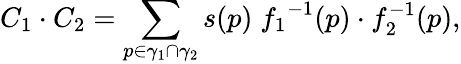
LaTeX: C_{1}\cdot C_{2}=\sum_{p\in\gamma_{1}\cap\gamma_{2}}s(p)\; {f_{1}}^{-1}(p)\cdot f_{2}^{-1}(p),